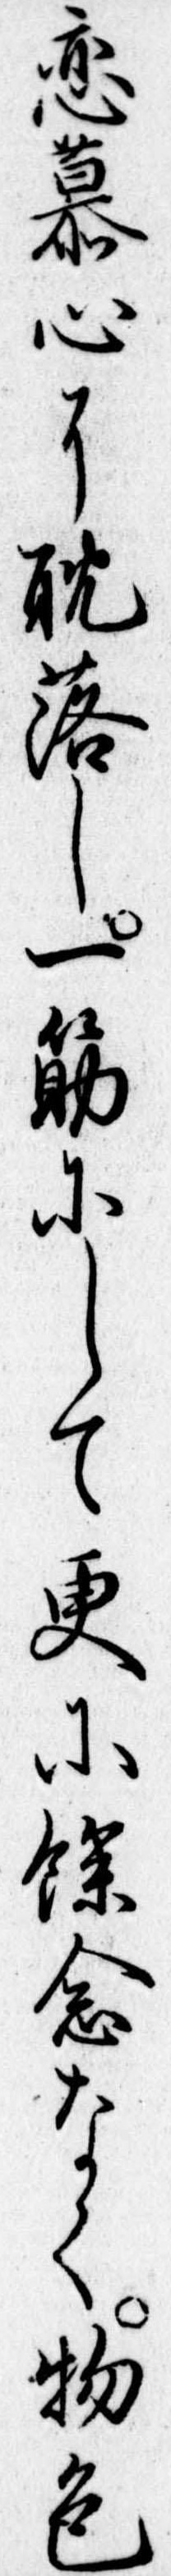
恋慕心に耽落し一筋にして更に余念なく物色